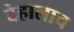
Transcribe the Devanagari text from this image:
देहालाच